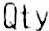
QTY